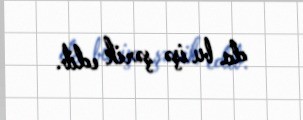
da bu işə şərik edib.